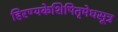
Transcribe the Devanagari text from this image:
हिरण्यकेशिपितृमेधसूत्र